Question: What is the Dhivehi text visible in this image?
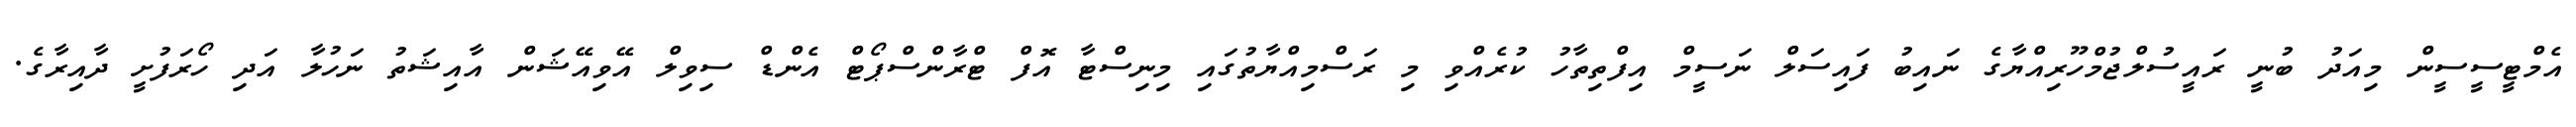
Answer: އެމްޓީސީސީން މިއަދު ބުނީ ރައީސުލްޖުމްހޫރިއްޔާގެ ނައިބު ފައިސަލް ނަސީމް އިފްތިތާހު ކުރެއްވި މި ރަސްމިއްޔާތުގައި މިނިސްޓާ އޮފް ޓްރާންސްޕޯޓް އެންޑް ސިވިލް އޭވިއޭޝަން އާއިޝަތު ނަހުލާ އަދި ހޯރަފުށީ ދާއިރާގެ.